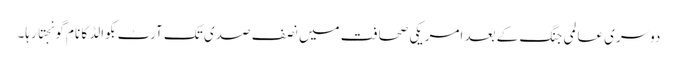
دوسری عالمی جنگ کے بعد امریکی صحافت میں نصف صدی تک آرٹ بکوالڈ کا نام گونجتا رہا۔